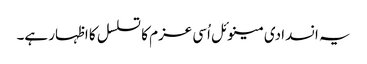
یہ انسدادی مینوئل اُسی عزم کا تسلسل کا اظہار ہے۔